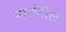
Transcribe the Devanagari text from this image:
मार्शनील